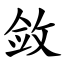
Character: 敛